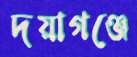
দয়াগঞ্জে